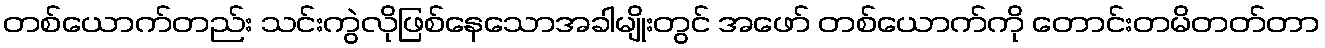
တစ်ယောက်တည်း သင်းကွဲလိုဖြစ်နေသောအခါမျိုးတွင် အဖော် တစ်ယောက်ကို တောင်းတမိတတ်တာ